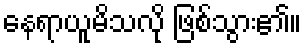
နေရာယူမိသလို ဖြစ်သွား၏။